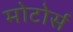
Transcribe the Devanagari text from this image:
मोटोर्स